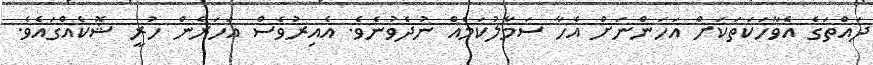
ދައްތަގެ އެވާހަކަތަކަށް އަހަންނަށް އެހާ ސަމާލުކަމެއް ނުދެވުނެވެ. އެއިރުވެސް އަހަރެން ހުރީ ޝޮކެއްގައެވެ.